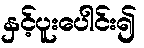
နှင့်ပူးပေါင်း၍